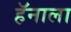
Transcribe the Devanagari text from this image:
हॅनाला